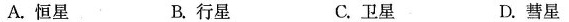
A.恒星 B.行星 C.卫星 D.彗星